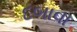
દબાવા